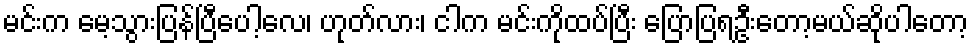
မင်းက မေ့သွားပြန်ပြီပေါ့လေ၊ ဟုတ်လား၊ ငါက မင်းကိုထပ်ပြီး ပြောပြရဦးတော့မယ်ဆိုပါတော့